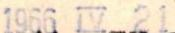
1966 IV 21